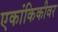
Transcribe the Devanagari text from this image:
एकांकिकीवर